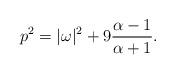
LaTeX: \begin{align*}p^2 = |\omega|^2 + 9 {\alpha -1 \over \alpha +1}.\end{align*}